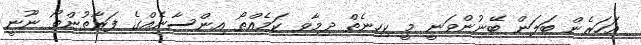
އަހަރެން ބަލަން ބޭނުންވަނީ މީ ކިހިނެތް ދިމާވި ކަމެއްތޯ އިންސާނެއްގެ ފަރާތުންތޯ ނޫނީ